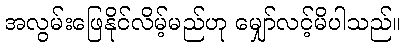
အလွမ်းဖြေနိုင်လိမ့်မည်ဟု မျှော်လင့်မိပါသည်။